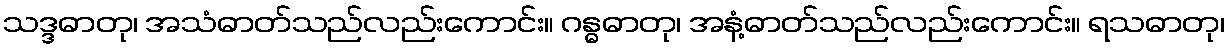
သဒ္ဒဓာတု၊ အသံဓာတ်သည်လည်းကောင်း။ ဂန္ဓဓာတု၊ အနံ့ဓာတ်သည်လည်းကောင်း။ ရသဓာတု၊